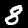
Digit: 8